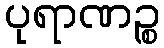
ပုရာဏဉ္စ